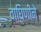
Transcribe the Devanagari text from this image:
वाघिणीने